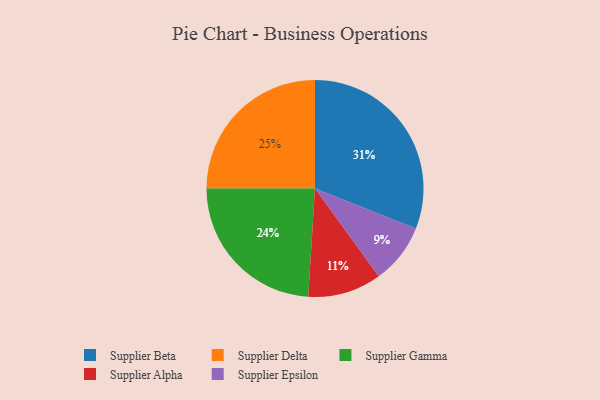
{"axis": {"x": "Category", "y": "Percentage"}, "legend": ["Supplier Alpha", "Supplier Beta", "Supplier Delta", "Supplier Epsilon", "Supplier Gamma"], "data": [{"x": "Supplier Beta", "y": 31, "type": "Supplier Beta"}, {"x": "Supplier Delta", "y": 25, "type": "Supplier Delta"}, {"x": "Supplier Alpha", "y": 11, "type": "Supplier Alpha"}, {"x": "Supplier Gamma", "y": 24, "type": "Supplier Gamma"}, {"x": "Supplier Epsilon", "y": 9, "type": "Supplier Epsilon"}]}